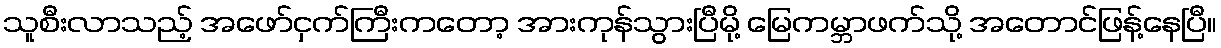
သူစီးလာသည့် အဖော်ငှက်ကြီးကတော့ အားကုန်သွားပြီမို့ မြေကမ္ဘာဖက်သို့ အတောင်ဖြန့်နေပြီ။